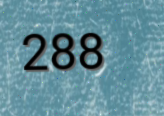
288